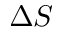
\Delta S